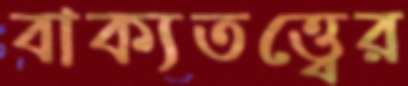
বাক্যতত্ত্বের